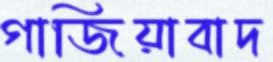
গাজিয়াবাদ